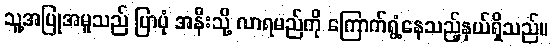
သူ့အပြုအမူသည် ပြာပုံ အနီးသို့ လာရမည်ကို ကြောက်ရွံ့နေသည့်နှယ်ရှိသည်။